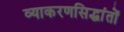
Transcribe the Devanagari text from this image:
व्याकरणसिद्धांतों